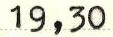
19,30